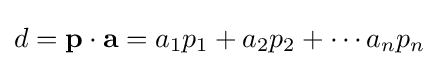
d=\mathbf {p} \cdot \mathbf {a} =a_{1}p_{1}+a_{2}p_{2}+\cdots a_{n}p_{n}